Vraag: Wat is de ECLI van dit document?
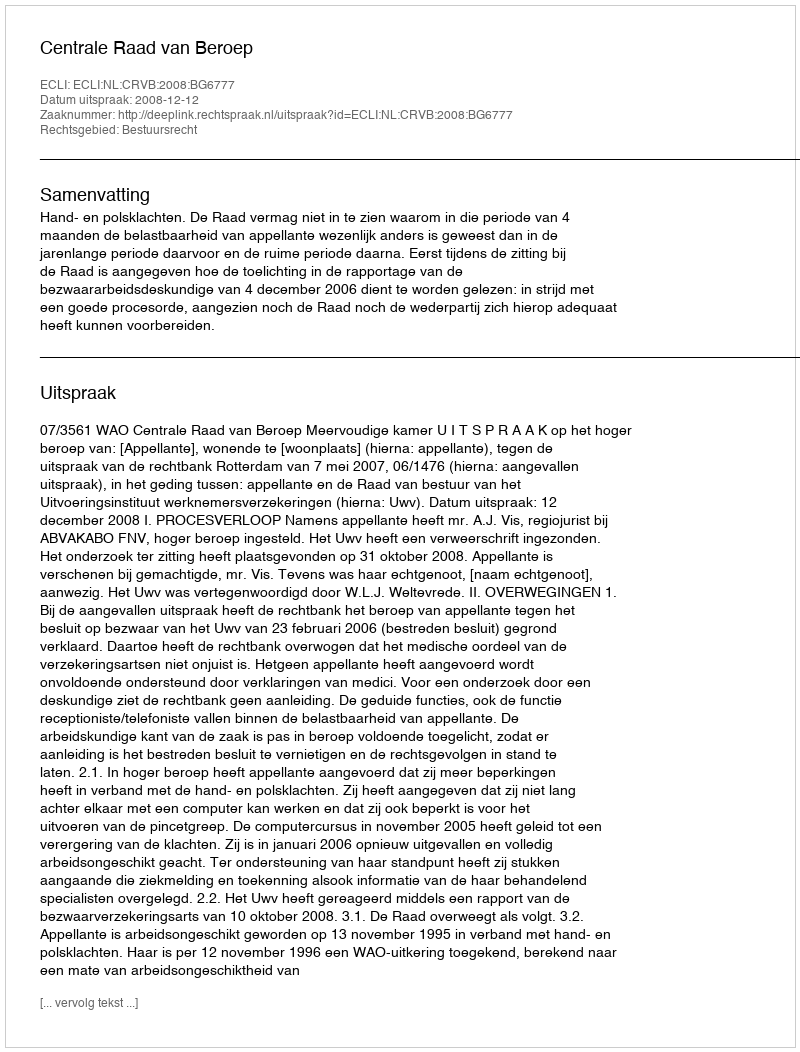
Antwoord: ECLI:NL:CRVB:2008:BG6777